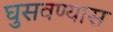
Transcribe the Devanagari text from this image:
घुसवण्यास